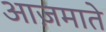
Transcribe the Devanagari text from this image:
आज़माते